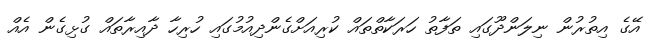
އޭގެ އިތުރުން ނިލަންދޫގައި ތަފާތު ހަރަކާތްތައް ކުރިއަށްގެންދިއުމުގައި ހުރިހާ ދާއިރާތައް ގުޅިގެން އެއް